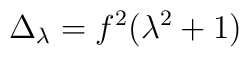
\Delta_\lambda = f^2 (\lambda^2 + 1)